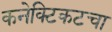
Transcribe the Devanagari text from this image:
कनेक्टिकटचा